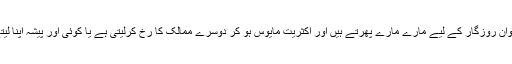
یہ نوجوان روزگار کے لیے مارے مارے پھرتے ہیں اور اکثریت مایوس ہو کر دوسرے ممالک کا رخ کرلیتی ہے یا کوئی اور پیشہ اپنا لیتے ہیں۔